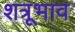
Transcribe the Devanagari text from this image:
शत्रूभाव